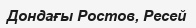
Дондағы Ростов, Ресей